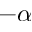
- \alpha